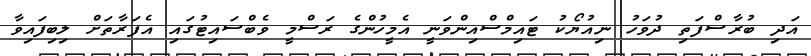
އަދި ބުރާސްފަތި ދުވަހު ނިއުޔޯކު ޓައިމްސްއިންވަނީ އެމީހުންގެ ރަސްމީ ވެބްސައިޓުގައި އެފަރާތަށް ލިބިފައިވާ